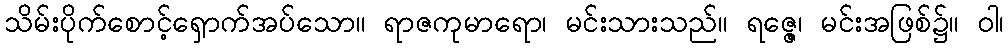
သိမ်းပိုက်စောင့်ရှောက်အပ်သော။ ရာဇကုမာရော၊ မင်းသားသည်။ ရဇ္ဇေ၊ မင်းအဖြစ်၌။ ဝါ၊